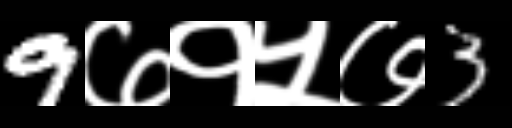
Text: 9७१५७3